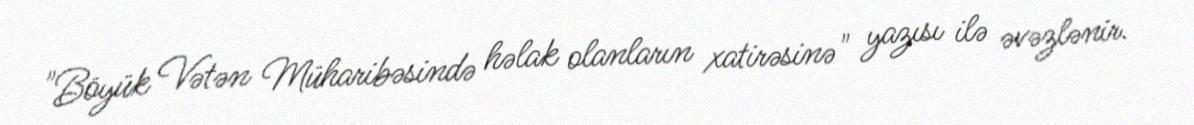
"Böyük Vətən Müharibəsində həlak olanların xatirəsinə" yazısı ilə əvəzlənir.